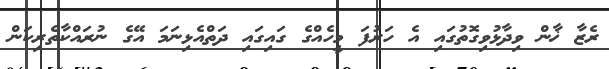
ރެޒާ ޚާން ވިދާޅުވިގޮތުގައި އެ ހަރުފަ މީހެއްގެ ގައިގައި ދަތްއެޅިނަމަ އޭގެ ނުރައްކާތެރިކަން